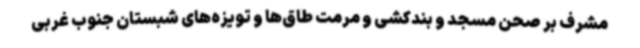
مشرف بر صحن مسجد و بندکشی و مرمت طاق‌ها و تویزه‌های شبستان جنوب غربی